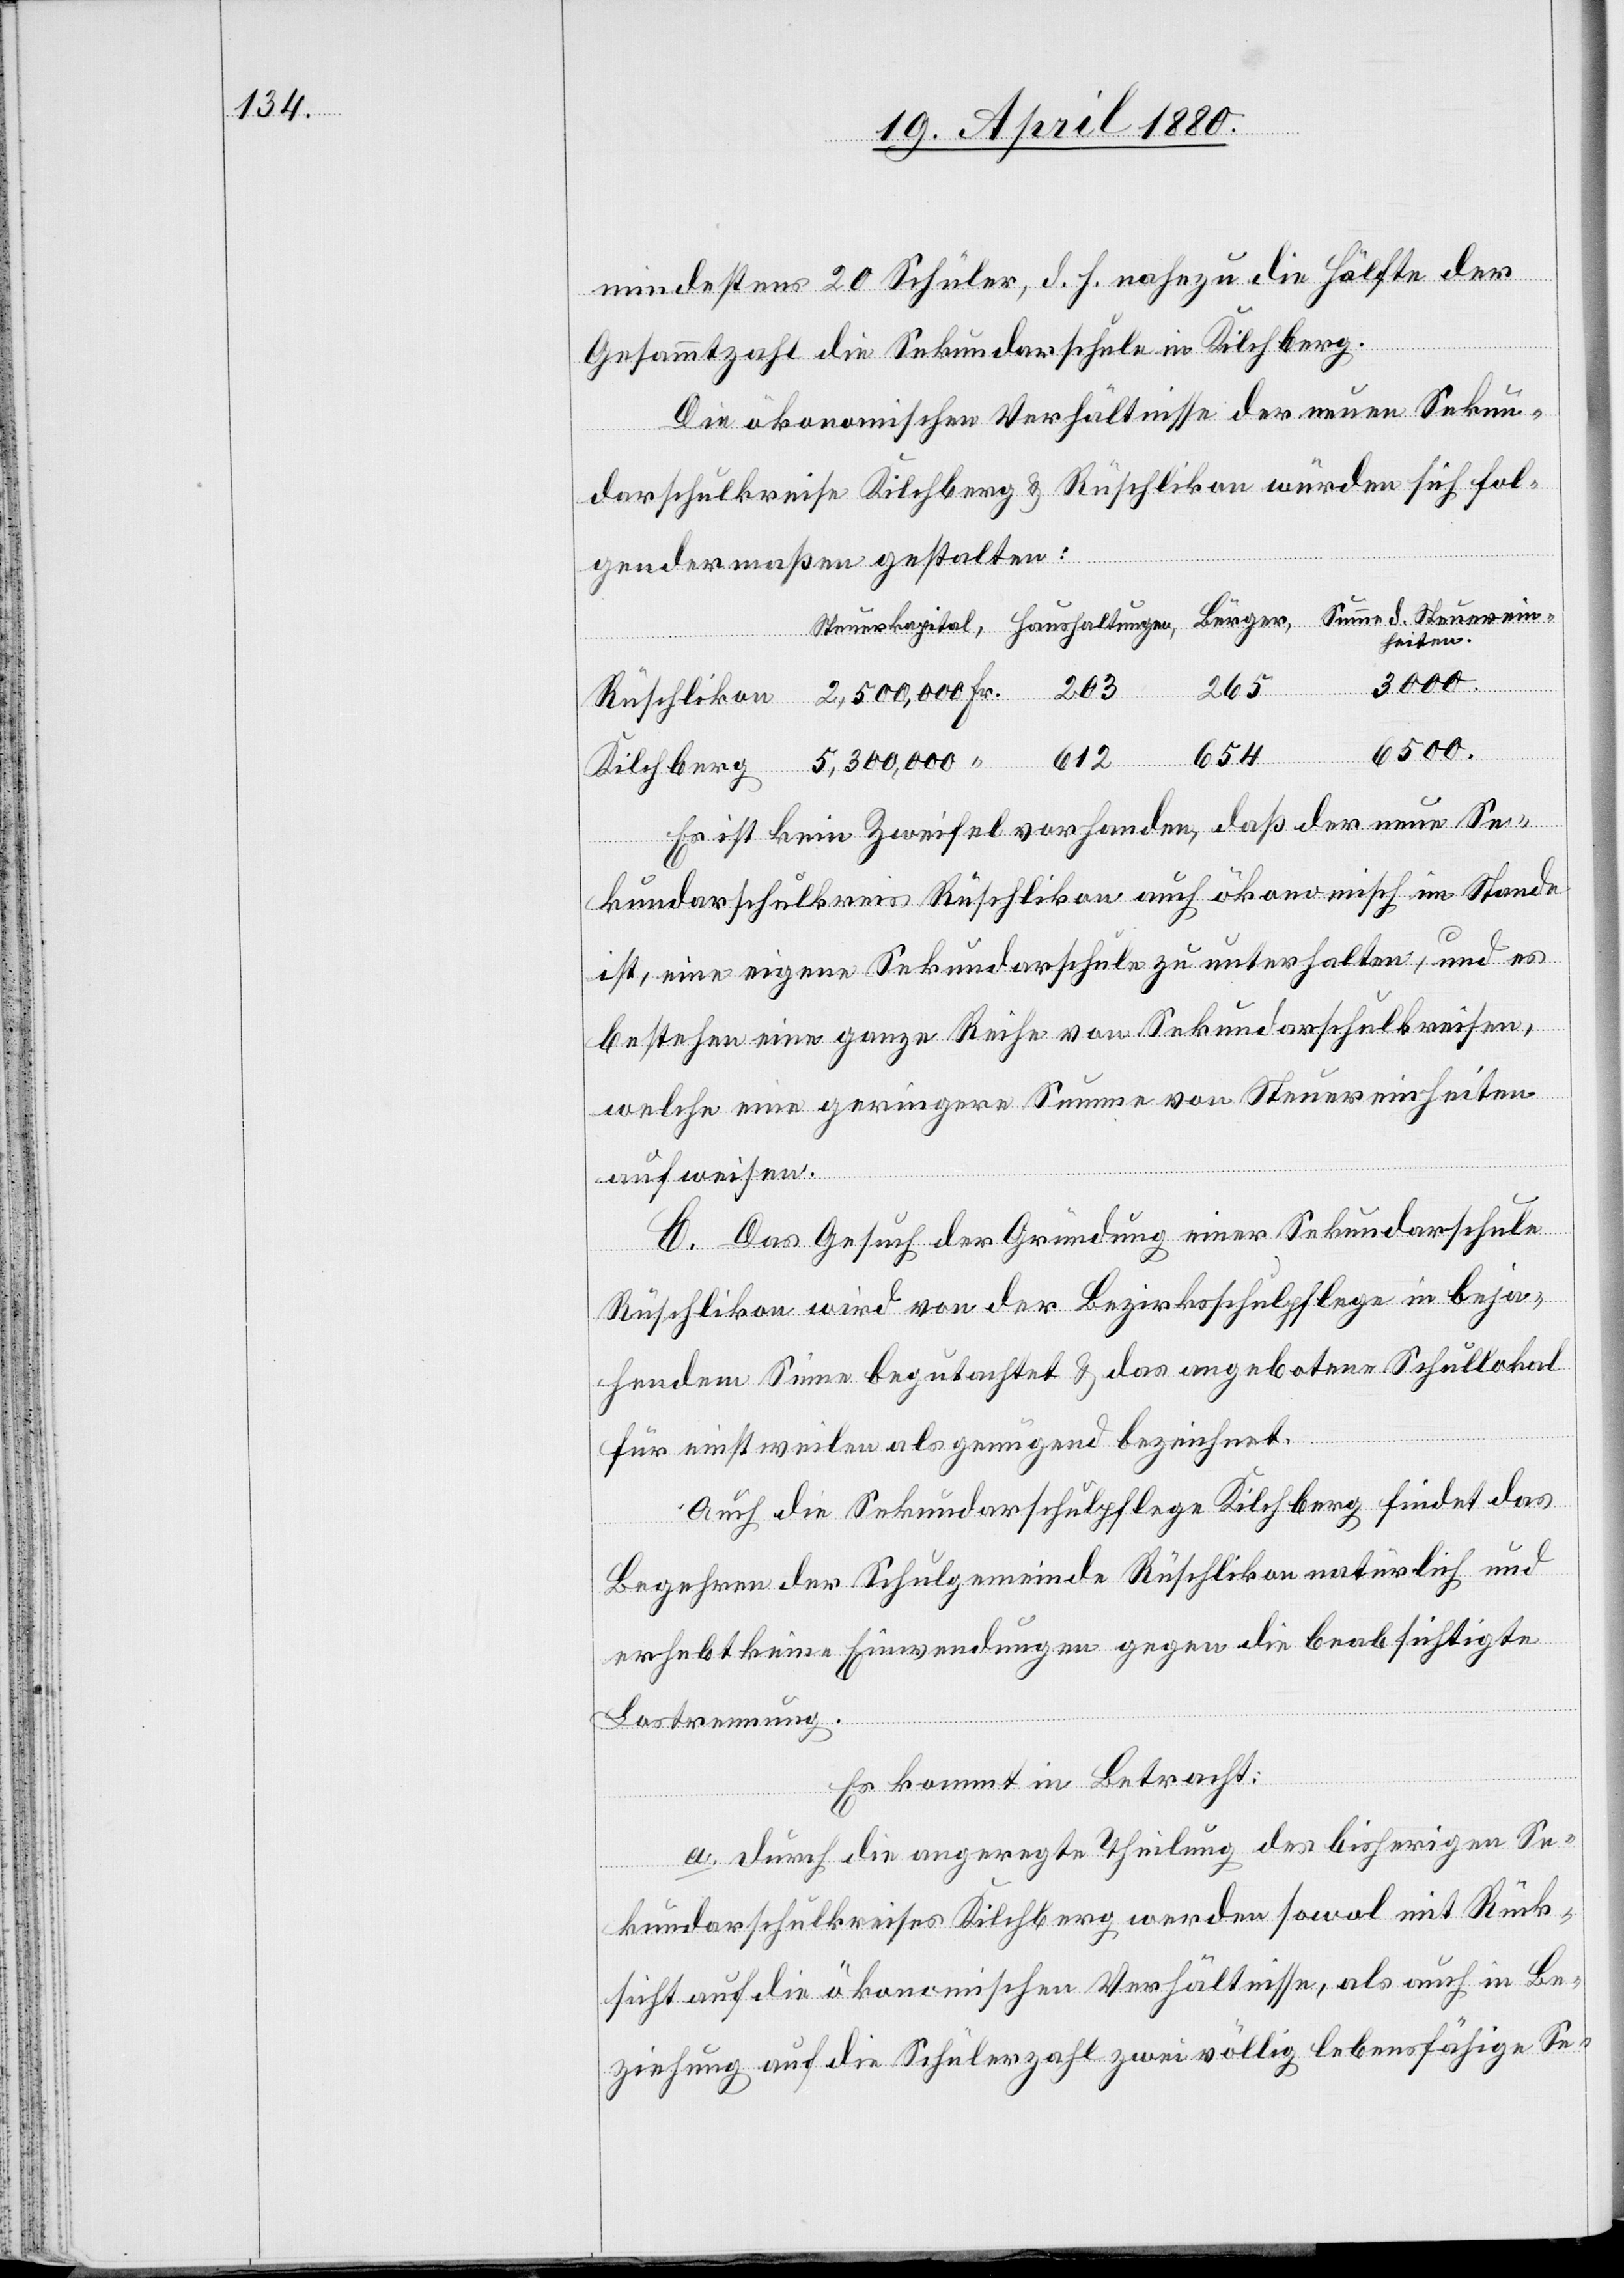
mindestens 20 Schüler, d. h. nahezu die Hälfte der
Gesammtzahl die Sekundarschule in Kilchberg.
Die ökonomischen Verhältnisse der neuen Sekun¬
darschulkreise Kilchberg & Rüschlikon würden sich fol¬
gendermaßen gestalten:
heiten.
3000.
Kilchberg
265
6500.
Fr.
654
Es ist kein Zweifel vorhanden, daß der neue Se¬
kundarschulkreis Rüschlikon auch ökonomisch im Stande
ist, eine eigene Sekundarschule zu unterhalten, und es
bestehen eine ganze Reihe von Sekundarschulkreisen,
welche ein geringere Summe von Steuereinheiten
aufweisen.
C. Das Gesuch der Gründung einer Sekundarschule
Rüschlikon wird von der Bezirksschulpflege in beja¬
hendem Sinne begutachtet & das angebotene Schullokal
für einstweilen als genügend bezeichnet.
Auch die Sekundarschulpflege Kilchberg findet das
Begehren der Schulgemeinde Rüschlikon natürlich und
erhebt keine Einwendungen gegen die beabsichtigte
Lostrennung.
Es kommt in Betracht:
a. Durch die angeregte Theilung des bisherigen Se¬
kundarschulkreises Kilchberg werden sowol mit Rück¬
sicht auf die ökonomischen Verhältnisse, als auch in Be¬
ziehung auf die Schülerzahl zwei völlig lebensfähige Se-